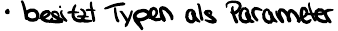
besitzt Typen als Parameter